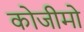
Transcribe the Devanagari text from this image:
कोजीमो